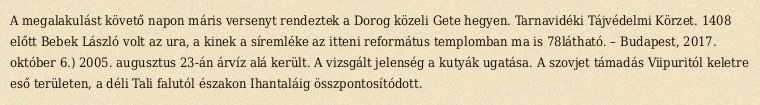
A megalakulást követő napon máris versenyt rendeztek a Dorog közeli Gete hegyen. Tarnavidéki Tájvédelmi Körzet. 1408 előtt Bebek László volt az ura, a kinek a síremléke az itteni református templomban ma is 78látható. – Budapest, 2017. október 6.) 2005. augusztus 23-án árvíz alá került. A vizsgált jelenség a kutyák ugatása. A szovjet támadás Viipuritól keletre eső területen, a déli Tali falutól északon Ihantaláig összpontosítódott.